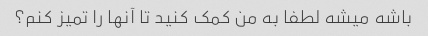
باشه میشه لطفا به من کمک کنید تا آنها را تمیز کنم؟